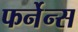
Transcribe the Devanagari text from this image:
फर्नेन्स